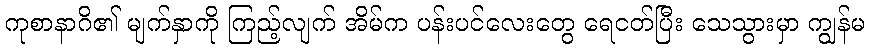
ကုစာနာဂိ၏ မျက်နှာကို ကြည့်လျက် အိမ်က ပန်းပင်လေးတွေ ရေငတ်ပြီး သေသွားမှာ ကျွန်မ